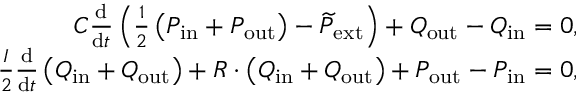
\begin{array} { r } { C \frac { \mathrm { d } } { \mathrm { d } t } \left( \frac { 1 } { 2 } \left( P _ { \mathrm { i n } } + P _ { \mathrm { o u t } } \right) - \widetilde { P } _ { \mathrm { e x t } } \right) + Q _ { \mathrm { o u t } } - Q _ { \mathrm { i n } } = 0 , } \\ { \frac { I } { 2 } \frac { \mathrm { d } } { \mathrm { d } t } \left( Q _ { \mathrm { i n } } + Q _ { \mathrm { o u t } } \right) + R \cdot \left( Q _ { \mathrm { i n } } + Q _ { \mathrm { o u t } } \right) + P _ { \mathrm { o u t } } - P _ { \mathrm { i n } } = 0 , } \end{array}